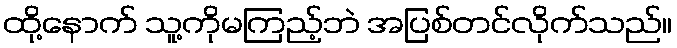
ထို့နောက် သူ့ကိုမကြည့်ဘဲ အပြစ်တင်လိုက်သည်။